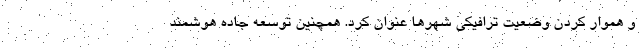
و هموار کردن وضعیت ترافیکی شهرها عنوان کرد. همچنین توسعه جاده هوشمند